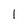
Character: I